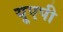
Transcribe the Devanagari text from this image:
यूएपी